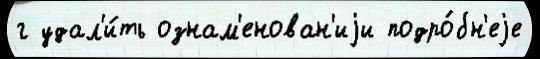
г удал'и́ть ознам'енован'иjи подро́бн'еjе